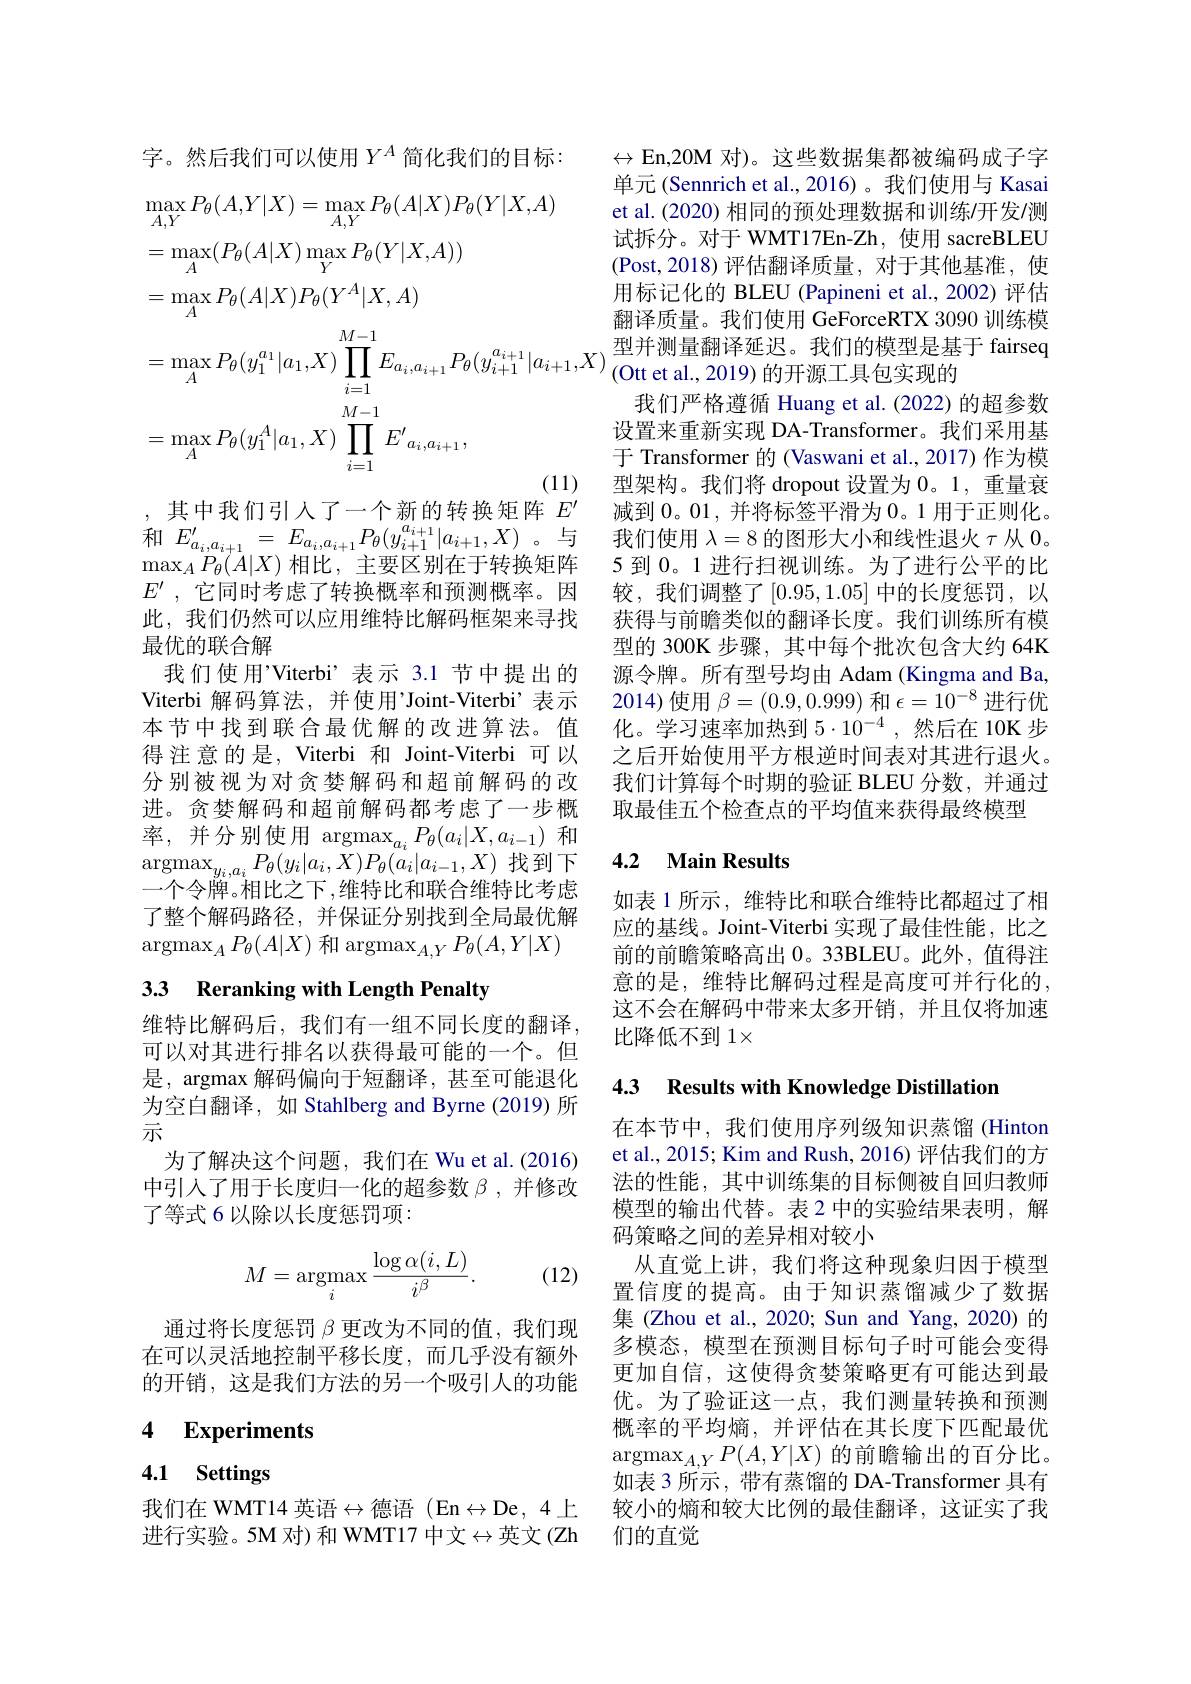
字。然后我们可以使用$Y^A$简化我们的目标：
$$\begin{aligned}&\max_{A,Y}P_\theta(A,Y|X)=\max_{A,Y}P_\theta(A|X)P_\theta(Y|X,A)\\&=\max_A(P_\theta(A|X)\max_YP_\theta(Y|X,A))\\&=\max_AP_\theta(A|X)P_\theta(Y^A|X,A)\\&=\max_AP_\theta(y_1^{a_1}|a_1,X)\prod_{i=1}^{M-1}E_{a_i,a_{i+1}}P_\theta(y_{i+1}^{a_{i+1}}|a_{i+1},X)\\&=\max_AP_\theta(y_1^A|a_1,X)\prod_{i=1}^{M-1}E^{\prime}{}_{a_i,a_{i+1}},\end{aligned}$$
,其中我们引入了一个新的转换矩阵$E^\prime$

和$E_{a_i,a_{i+1}}^{\prime}=E_{a_i,a_{i+1}}P_\theta(y_{i+1}^{a_{i+1}}|a_{i+1},X)$。与$\operatorname*{max}_AP_\theta(\tilde{A}|X)$相比，主要区别在于转换矩阵$E^{\prime}$ ,它同时考虑了转换概率和预测概率。因此，我们仍然可以应用维特比解码框架来寻找最优的联合解
我们使用’Viterbi’表示 3.1 节中提出的Viterbi 解码算法，并使用’Joint-Viterbi’表示本节中找到联合最优解的改进算法。值得注意的是，Viterbi 和 Joint-Viterbi 可以分别被视为对贪婪解码和超前解码的改进。贪婪解码和超前解码都考虑了一步概率，并分别使用 argmax$_{a_i}P_\theta(a_i|X,a_{i-1})$和$\operatorname*{argmax}_{y_{i},a_{i}}P_{\theta}(y_{i}|a_{i},\bar{X})P_{\theta}(a_{i}|a_{i-1},X)$找到下一个令牌。相比之下 ,维特比和联合维特比考虑了整个解码路径，并保证分别找到全局最优解$\operatorname{argmax}_AP_\theta(A|X)\operatorname{\text{ 和 argmax}}_{A,Y}P_\theta(A,Y|X)$

# 33 Reranking with Length Penalty

维特比解码后，我们有一组不同长度的翻译， 可以对其进行排名以获得最可能的一个。但是，argmax 解码偏向于短翻译，甚至可能退化为空白翻译，如 Stahlberg and Byrne (2019)所示
为了解决这个问题，我们在 Wu et al.(2016) 中引入了用于长度归一化的超参数$\beta$,并修改了等式 6 以除以长度惩罚项：
$$M=\underset{i}{\mathrm{argmax}}\frac{\log\alpha(i,L)}{i^\beta}.$$
(12)

通过将长度惩罚$\beta$更改为不同的值，我们现在可以灵活地控制平移长度，而几乎没有额外的开销，这是我们方法的另一个吸引人的功能

## 4 $\textbf{Experiments}$

# 4.1 Settings

我们在 WMT14 英语$\leftrightarrow$德语 (En$\leftrightarrow$De,4上进行实验。5M 对)和 WMT17 中文$\leftrightarrow$英文(Zh

$\leftrightarrow$En,20M 对)。这些数据集都被编码成子字单元(Sennrich et al.,2016)。我们使用与 Kasai et al. (2020) 相同的预处理数据和训练/开发/测试拆分。对于 WMT17En-Zh,使用 sacreBLEU (Post,2018)评估翻译质量，对于其他基准，使用标记化的 BLEU (Papineni et al.,2002)评估翻译质量。我们使用 GeForceRTX 3090 训练模型并测量翻译延迟。我们的模型是基于 fairseq $^{(\mathrm{Ottetal.,2019})\text{的开源工具包实现的}}$
我们严格遵循 Huang et al. (2022) 的超参数设置来重新实现 DA-Transformer。我们采用基于 Transformer 的 (Vaswani et al.,2017) 作为模型架构。我们将 dropout 设置为0。1,重量衰减到0。01,并将标签平滑为0。1 用于正则化。我们使用$\lambda=8$的图形大小和线性退火$\tau$从0。5 到 0。1 进行扫视训练。为了进行公平的比较，我们调整了[0.95,1.05] 中的长度惩罚，以获得与前瞻类似的翻译长度。我们训练所有模型的 300K 步骤，其中每个批次包含大约 64K 源令牌。所有型号均由 Adam (Kingma and Ba, 2014)使用$\beta=(0.9,0.999)$和$\epsilon=10^-8$进行优化。学习速率加热到 $5\cdot10^{-4}$,然后在 10K 步之后开始使用平方根逆时间表对其进行退火。我们计算每个时期的验证 BLEU 分数，并通过取最佳五个检查点的平均值来获得最终模型

### 4.2 $\textbf{Main Results}$

如表 1 所示 , 维特比和联合维特比都超过了相应的基线。Joint-Viterbi 实现了最佳性能，比之前的前瞻策略高出0。33BLEU。此外，值得注意的是，维特比解码过程是高度可并行化的， 这不会在解码中带来太多开销，并且仅将加速比降低不到 1×

4.3 Results with Knowledge Distillation

在本节中，我们使用序列级知识蒸馏(Hinton et al., 2015; Kim and Rush, 2016) 评估我们的方法的性能，其中训练集的目标侧被自回归教师模型的输出代替。表 2 中的实验结果表明，解码策略之间的差异相对较小
从直觉上讲，我们将这种现象归因于模型置信度的提高。由于知识蒸馏减少了数据集 (Zhou et al., 2020; Sun and Yang, 2020)的多模态，模型在预测目标句子时可能会变得更加自信，这使得贪婪策略更有可能达到最优。为了验证这一点，我们测量转换和预测概率的平均熵，并评估在其长度下匹配最优$\operatorname{argmax}_{A,Y}P(A,Y|X)$的前瞻输出的百分比。如表 3 所示 , 带有蒸馏的 DA-Transformer 具有较小的熵和较大比例的最佳翻译，这证实了我们的直觉